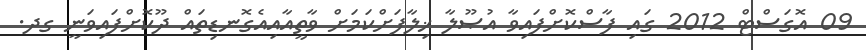
09 އޮގަސްޓް 2012 ގައި ފާސްކޮށްފައިވާ އުޞޫލާ ޚިލާފަށްކަމަށް ވާތީއާއިއެގޮނޑިތައް ދޫކޮށްފައިވަނީ ގދ.